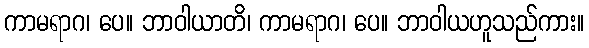
ကာမရာဂ၊ ပေ။ ဘာဝါယာတိ၊ ကာမရာဂ၊ ပေ။ ဘာဝါယဟူသည်ကား။